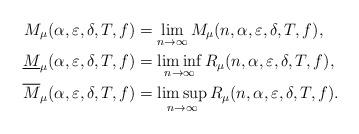
LaTeX: \begin{align*}M_\mu(\alpha,\varepsilon,\delta,T,f)&=\lim_{n\to\infty}M_\mu(n,\alpha,\varepsilon,\delta,T,f),\\\underline{M}_\mu(\alpha,\varepsilon,\delta,T,f)&=\liminf_{n\to\infty}R_\mu(n,\alpha,\varepsilon,\delta,T,f),\\\overline{M}_\mu(\alpha,\varepsilon,\delta,T,f)&=\limsup_{n\to\infty}R_\mu(n,\alpha,\varepsilon,\delta,T,f).\end{align*}